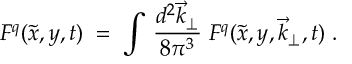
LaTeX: F ^ { q } ( \tilde { x } , y , t ) \; = \; \int \, { \frac { d ^ { 2 } \vec { k } _ { \perp } } { 8 \pi ^ { 3 } } } \; F ^ { q } ( \tilde { x } , y , \vec { k } _ { \perp } , t ) \; .